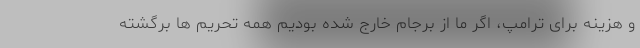
و هزینه برای ترامپ، اگر ما از برجام خارج شده بودیم همه تحریم ها برگشته